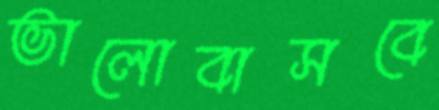
ভালোবাসবে